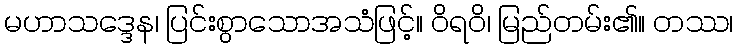
မဟာသဒ္ဒေန၊ ပြင်းစွာသောအသံဖြင့်။ ဝိရဝိ၊ မြည်တမ်း၏။ တဿ၊